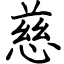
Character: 慈